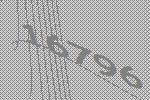
16796